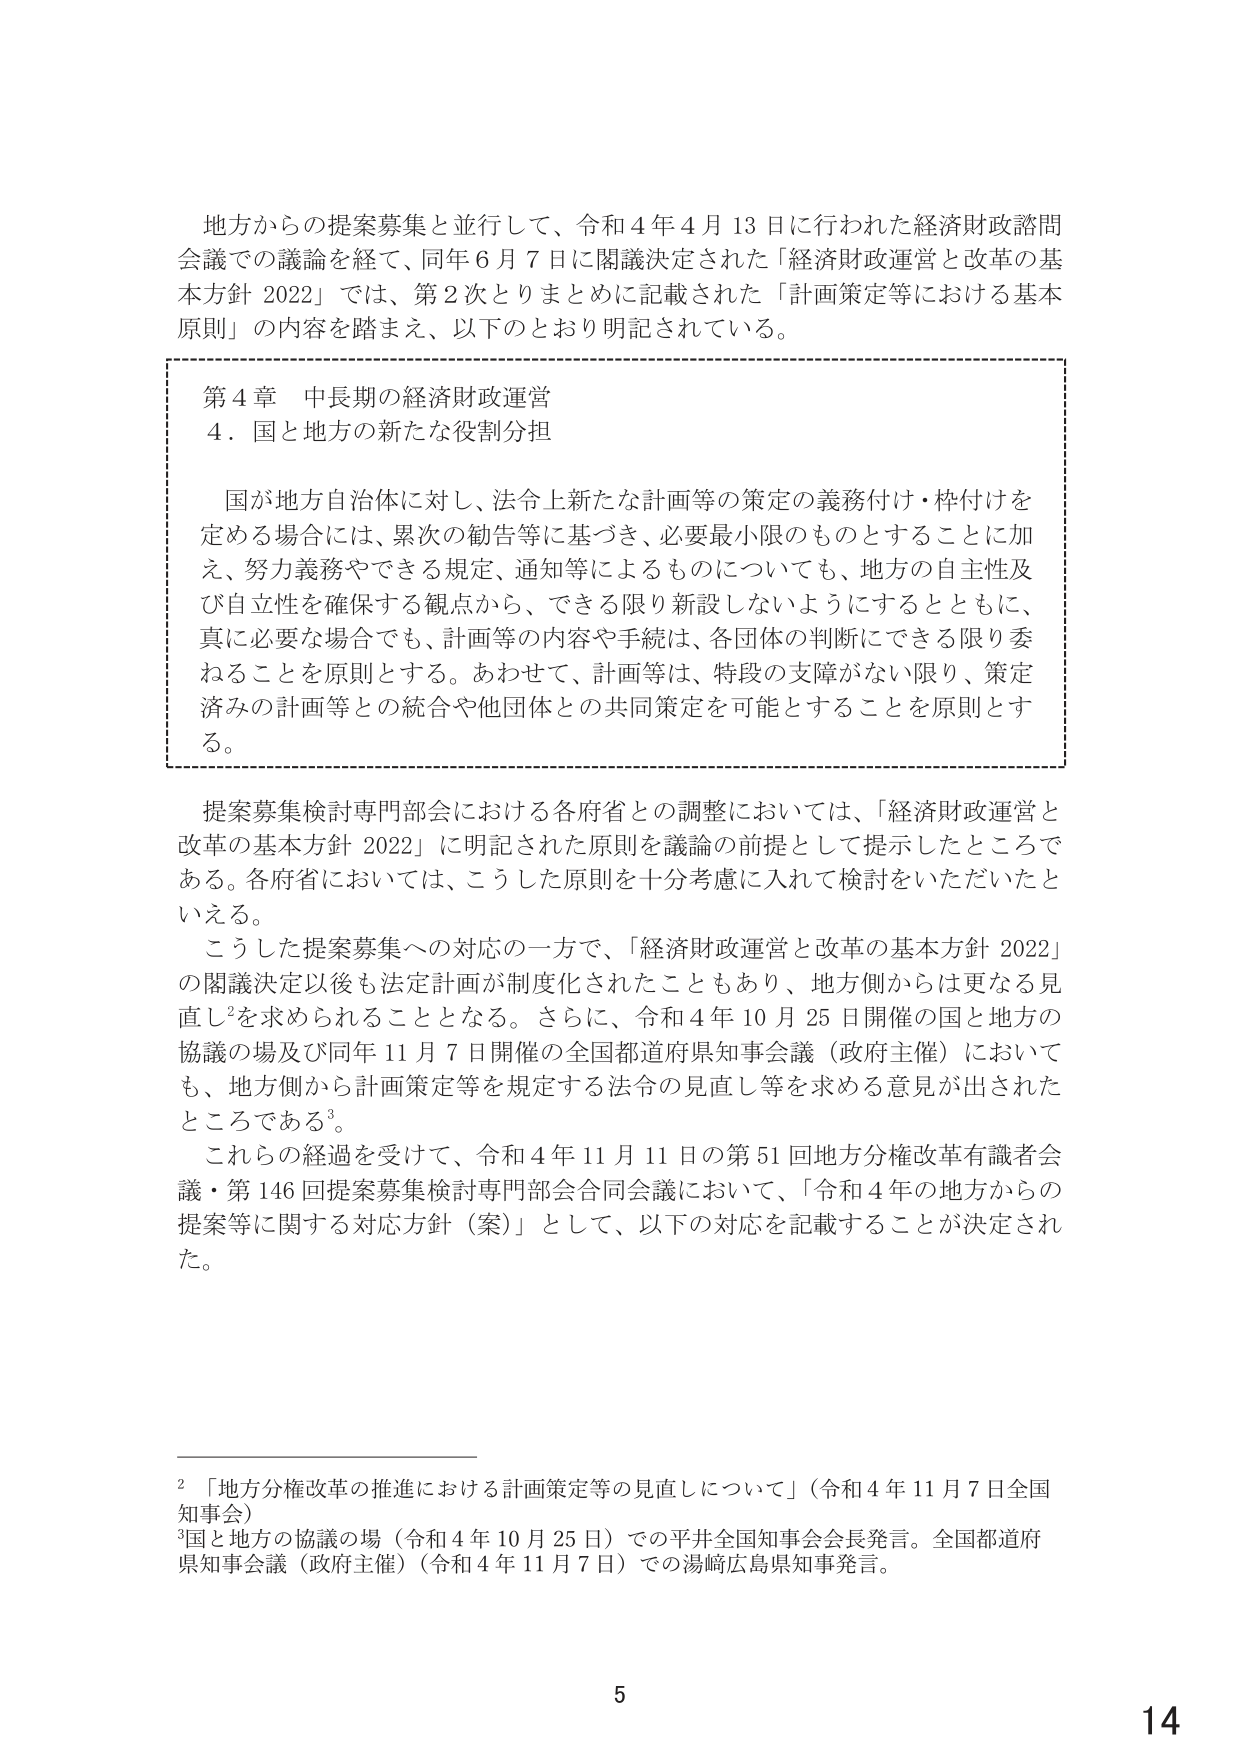
地方からの提案募集と並行して、令和４年４月13日に行われた経済財政諮問会議での議論を経て、同年６月７日に閣議決定された「経済財政運営と改革の基本方針2022」では、第2次とりまとめに記載された「計画策定等における基本原則」の内容を踏まえ、以下のとおり明記されている。

第4章 中長期の経済財政運営
4．国と地方の新たな役割分担

国が地方自治体に対し、法令上新たな計画等の策定の義務付け・枠付けを定める場合には、累次の勧告等に基づき、必要最小限のものとすることに加え、努力義務やできる規定、通知等によるものについても、地方の自主性及び自立性を確保する観点から、できる限り新設しないようにするとともに、真に必要な場合でも、計画等の内容や手続は、各団体の判断にできる限り委ねることを原則とする。あわせて、計画等は、特段の支障がない限り、策定済みの計画等との統合や他団体との共同策定を可能とすることを原則とする。

提案募集検討専門部会における各府省との調整においては、「経済財政運営と改革の基本方針2022」に明記された原則を議論の前提として提示したところである。各府省においては、こうした原則を十分考慮に入れて検討をいただいたといえる。

こうした提案募集への対応の一方で、「経済財政運営と改革の基本方針2022」の閣議決定以後も法定計画が制度化されたこともあり、地方側からは更なる見直し²を求められることとなる。さらに、令和4年10月25日開催の国と地方の協議の場及び同年11月7日開催の全国都道府県知事会議（政府主催）においても、地方側から計画策定等を規定する法令の見直し等を求める意見が出されたところである³。

これらの経過を受けて、令和4年11月11日の第51回地方分権改革有識者会議・第146回提案募集検討専門部会合同会議において、「令和4年の地方からの提案等に関する対応方針（案）」として、以下の対応を記載することが決定された。

²「地方分権改革の推進における計画策定等の見直しについて」（令和4年11月7日全国知事会）
³国と地方の協議の場（令和4年10月25日）での平井全国知事会会長発言。全国都道府県知事会議（政府主催）（令和4年11月7日）での湯崎広島県知事発言。

5
14